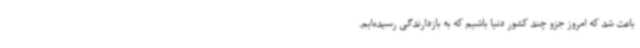
باعث شد که امروز جزو چند کشور دنیا باشیم که به بازدارندگی رسیده‌ایم.